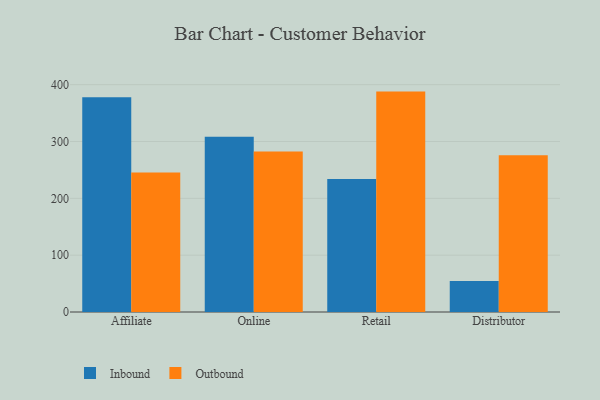
{"axis": {"x": "Channel", "y": "Customer Acquisition Cost (USD)"}, "legend": ["Inbound", "Outbound"], "data": [{"x": "Affiliate", "y": 378.0, "type": "Inbound"}, {"x": "Affiliate", "y": 245.3, "type": "Outbound"}, {"x": "Online", "y": 308.3, "type": "Inbound"}, {"x": "Online", "y": 282.3, "type": "Outbound"}, {"x": "Retail", "y": 233.9, "type": "Inbound"}, {"x": "Retail", "y": 387.8, "type": "Outbound"}, {"x": "Distributor", "y": 54.4, "type": "Inbound"}, {"x": "Distributor", "y": 275.7, "type": "Outbound"}]}